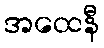
အထေနီ